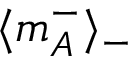
\langle m _ { A } ^ { - } \rangle _ { - }